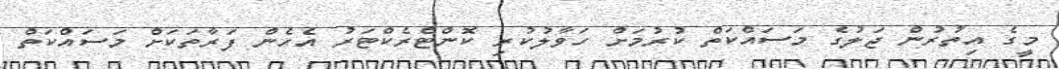
މީގެ އިތުރުން ޖަލުގެ މަސައްކަތް ކުރުމަށް ހަވާލުކުރި ކޮންޓްރެކްޓަރު އެހެން ފަރާތަކަށް މަސައްކަތް